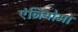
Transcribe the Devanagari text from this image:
एंजियोमा